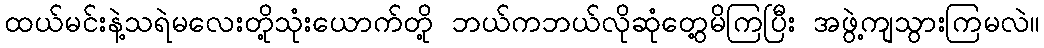
ထယ်မင်းနဲ့သရဲမလေးတို့သုံးယောက်တို့ ဘယ်ကဘယ်လိုဆုံတွေ့မိကြပြီး အဖွဲ့ကျသွားကြမလဲ။